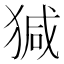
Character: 㺂